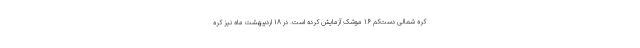
کره شمالی دست‌کم ۱۶ موشک آزمایش کرده است. در ۱۸ اردیبهشت ماه نیز کره